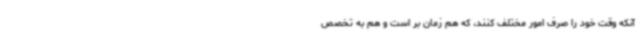
آنکه وقت خود را صرف امور مختلف کنند، که هم زمان بر است و هم به تخصص